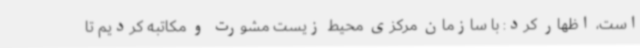
است، اظهار کرد: با سازمان مرکزی محیط زیست مشورت و مکاتبه کردیم تا